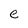
Character: e